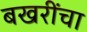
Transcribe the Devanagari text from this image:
बखरींचा